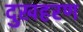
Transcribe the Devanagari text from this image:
दुखहरण